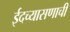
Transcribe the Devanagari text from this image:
ईदच्यासणाची